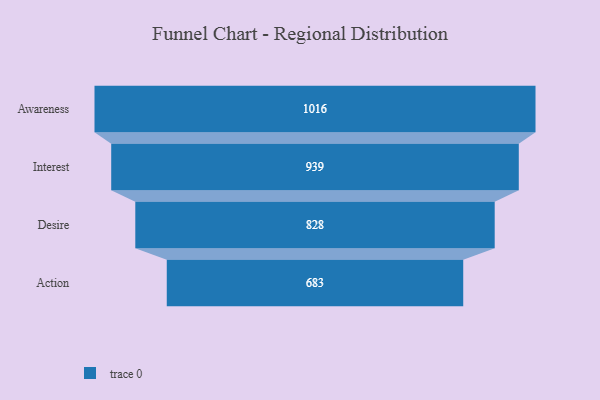
{"axis": {"x": "Stage", "y": "Value"}, "legend": [""], "data": [{"x": "Awareness", "y": 1016.0, "type": ""}, {"x": "Interest", "y": 939.0, "type": ""}, {"x": "Desire", "y": 828.0, "type": ""}, {"x": "Action", "y": 683.0, "type": ""}]}